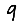
Digit: 9